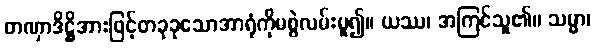
တဏှာဒိဋ္ဌိအားဖြင့်တခုခုသောအာရုံကိုမစွဲလမ်းမူ၍။ ယဿ၊ အကြင်သူ၏။ သမ္မာ၊